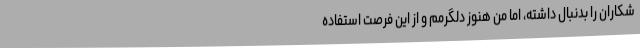
شکاران را بدنبال داشته، اما من هنوز دلگرمم و از این فرصت استفاده